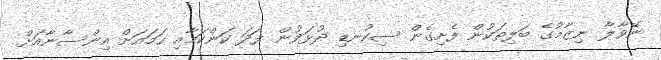
ނޭވާލާ ނިޒާމުގެ ބަލިތަކުން ފެށިގެން ސިކުނޑި ދުޅަވުން ފަދަ ކަންކަމާއި ހަމައަށް އިންސާނާއަށް